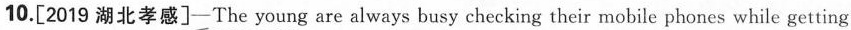
10.[2019 湖北_孝感]—The young are always busy checking their mobile phones while getting